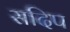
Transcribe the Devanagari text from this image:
सदिप